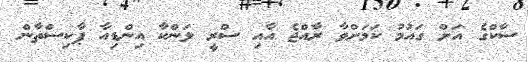
ސާކްގެ އަށް ގައުމު ކަމަށްވާ ރާއްޖެ އާއި ސްރީ ލަންކާ އިންޑިއާ ޕާކިސްތާން